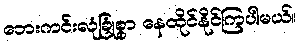
ဘေးကင်းလုံခြုံစွာ နေထိုင်နိုင်ကြပါမယ်။